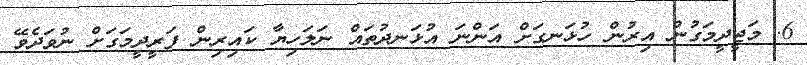
6. މަޖީދީމަގުން އިރުން ހުޅަނގަށް އަންނަ އުޅަނދުތައް ނަލަހިޔާ ކައިރިން ފަރީދީމަގަށް ނުވަދެވޭ